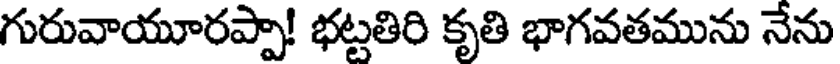
గురువాయూరప్పా! భట్టతిరి కృతి భాగవతమును నేను